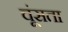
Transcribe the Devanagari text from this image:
चूंसता